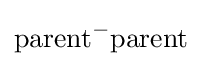
{\text{parent}}^{-}{\text{parent}}